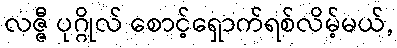
လဇ္ဇီ ပုဂ္ဂိုလ် စောင့်ရှောက်ရစ်လိမ့်မယ်,